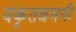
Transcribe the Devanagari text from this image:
यकृतधमनी